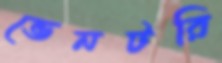
ভেনটরি